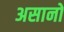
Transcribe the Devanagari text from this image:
असानो